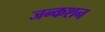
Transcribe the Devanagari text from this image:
जन्कशन